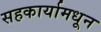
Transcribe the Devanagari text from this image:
सहकार्यामधून